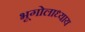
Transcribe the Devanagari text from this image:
भूगोलाध्याय